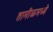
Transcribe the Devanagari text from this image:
तामीळमध्ये